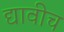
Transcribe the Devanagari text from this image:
द्यावीच